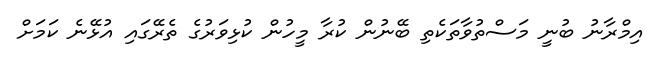
އިމްރާނު ބުނީ މަސްތުވާތަކެތި ބޭނުން ކުރާ މީހުން ކުޅިވަރުގެ ތެރޭގައި އުޅޭނެ ކަމަށް